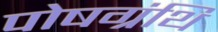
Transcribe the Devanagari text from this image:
पोषग्रंथि